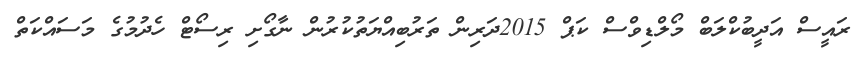
ރައީސް އަދީބުކްލަބް މޯލްޑިވްސް ކަޕް 2015ދަރިން ތަރުބިއްޔަތުކުރުން ނާގޯށި ރިސޯޓް ހެދުމުގެ މަސައްކަތް